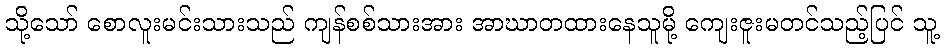
သို့သော် စောလူးမင်းသားသည် ကျန်စစ်သားအား အာဃာတထားနေသူမို့ ကျေးဇူးမတင်သည့်ပြင် သူ့